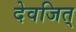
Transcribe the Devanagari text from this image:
देवजित्‌